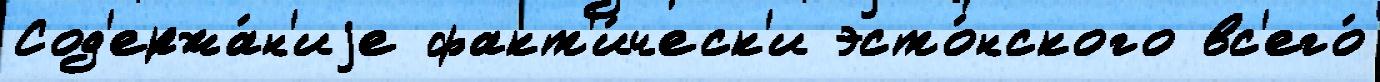
Сод'ержа́н'иjе факт'и́ческ'и эсто́нского вс'его́